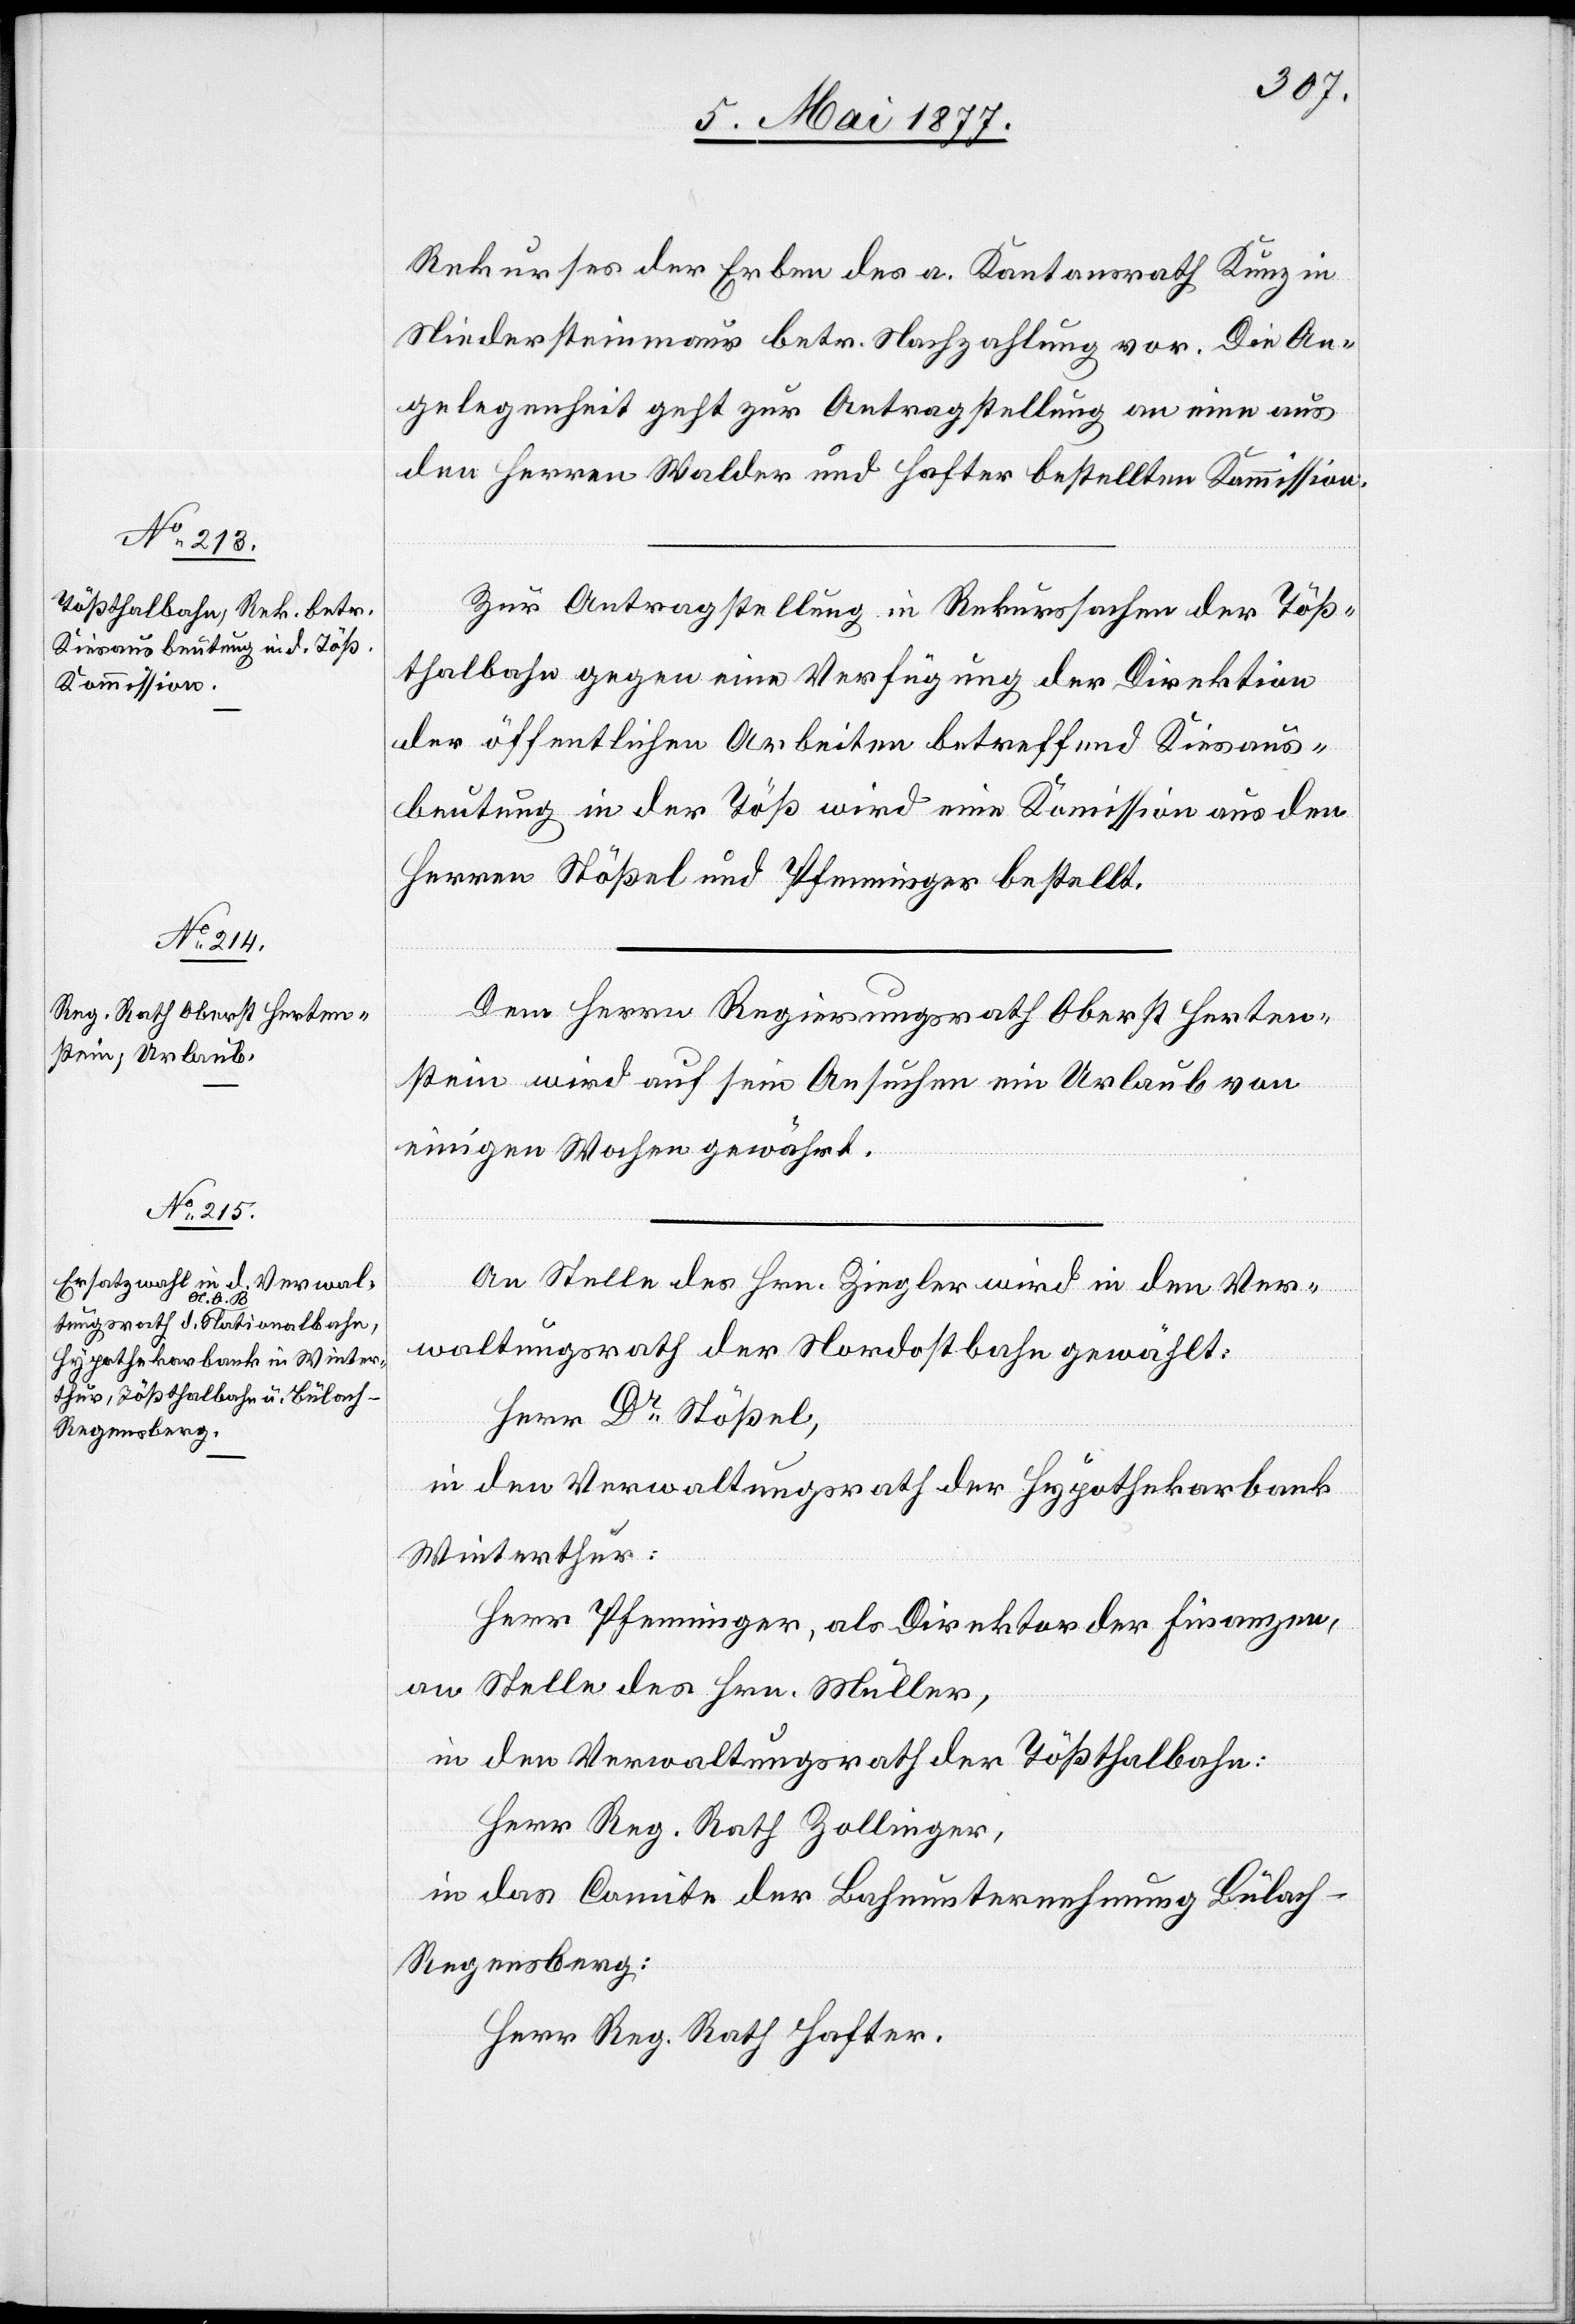
Rekurses der Erben des a. Kantonsrath Kunz in
Niedersteinmaur betr. Nachzahlung vor. Die An¬
gelegenheit geht zur Antragstellung an eine aus
den Herren Walder und Hafter bestellten [sic!] Kommission.
Zur Antragstellung in Rekurssachen der Töß¬
thalbahn gegen eine Verfügung der Direktion
der öffentlichen Arbeiten betreffend Kiesaus¬
beutung in der Töß wird eine Kommission aus den
Herren Stößel und Pfenninger bestellt.
Dem Herrn Regierungsrath Oberst Herten¬
stein wird auf sein Ansuchen ein Urlaub von
einigen Wochen gewährt.
An Stelle des Hrn. Ziegler wird in den Ver¬
waltungsrath der Nordostbahn gewählt:
Herr Dr Stößel,
in den Verwaltungsrath der Hypothekarbank
Winterthur:
Herr Pfenninger, als Direktor der Finanzen,
an Stelle des Hrn. Müller,
in den Verwaltungsrath der Tößthalbahn:
Herr Reg. Rath Zollinger,
in das Comite der Bahnunternehmung Bülac¬
h–Regensberg:
Herr Reg. Rath Hafter.